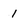
Character: 1